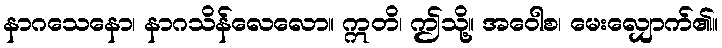
နာဂသေနော၊ နာဂသိန်လေလော။ ဣတိ၊ ဤသို့။ အဝေါစ၊ မေးလျှောက်၏။